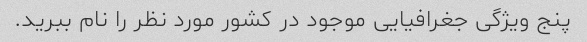
پنج ویژگی جغرافیایی موجود در کشور مورد نظر را نام ببرید.